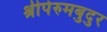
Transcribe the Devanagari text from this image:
श्रीपेरुमबुदुर